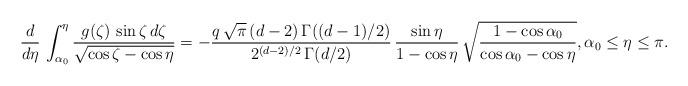
LaTeX: \begin{align*}\frac{d}{d\eta} \, \int_{\alpha_0}^\eta \frac {g(\zeta) \, \sin\zeta \, d\zeta} {\sqrt{\cos\zeta - \cos\eta}} = - \frac {q\, \sqrt{\pi}\, (d-2) \, \Gamma((d-1)/2)} {2^{(d-2)/2}\, \Gamma(d/2)} \, \frac {\sin\eta} {1-\cos\eta} \, \sqrt{\frac{1-\cos\alpha_0}{\cos\alpha_0-\cos\eta}}, \alpha_0\leq\eta\leq\pi.\end{align*}